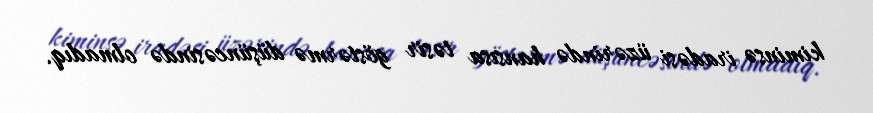
kiminsə iradəsi üzərində hansısa təsir göstərmə düşüncəsində olmadıq.